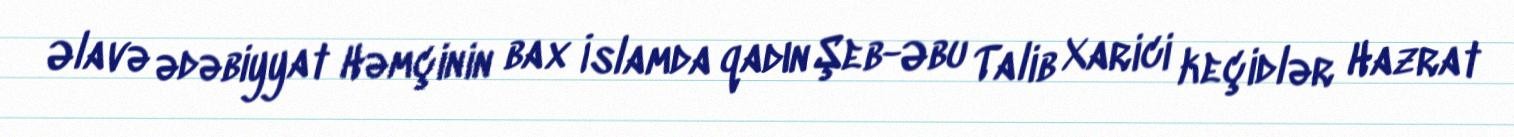
Əlavə ədəbiyyat Həmçinin bax İslamda qadın Şeb-Əbu Talib Xarici keçidlər Hazrat